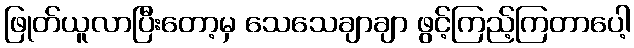
ဖြုတ်ယူလာပြီးတော့မှ သေသေချာချာ ဖွင့်ကြည့်ကြတာပေါ့